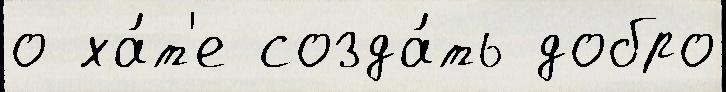
о ха́т'е созда́ть добро